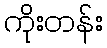
ကိုးတန်း